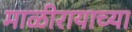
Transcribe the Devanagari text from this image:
माळीरायाच्या